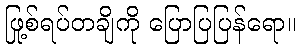
ဖြစ်ရပ်တချို့ကို ပြောပြပြန်ရော။